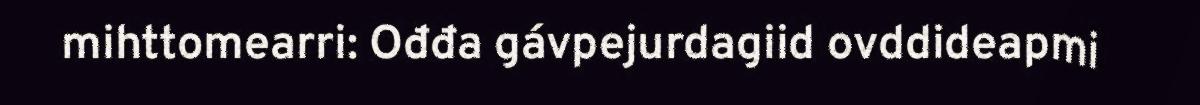
mihttomearri: Ođđa gávpejurdagiid ovddideapmi